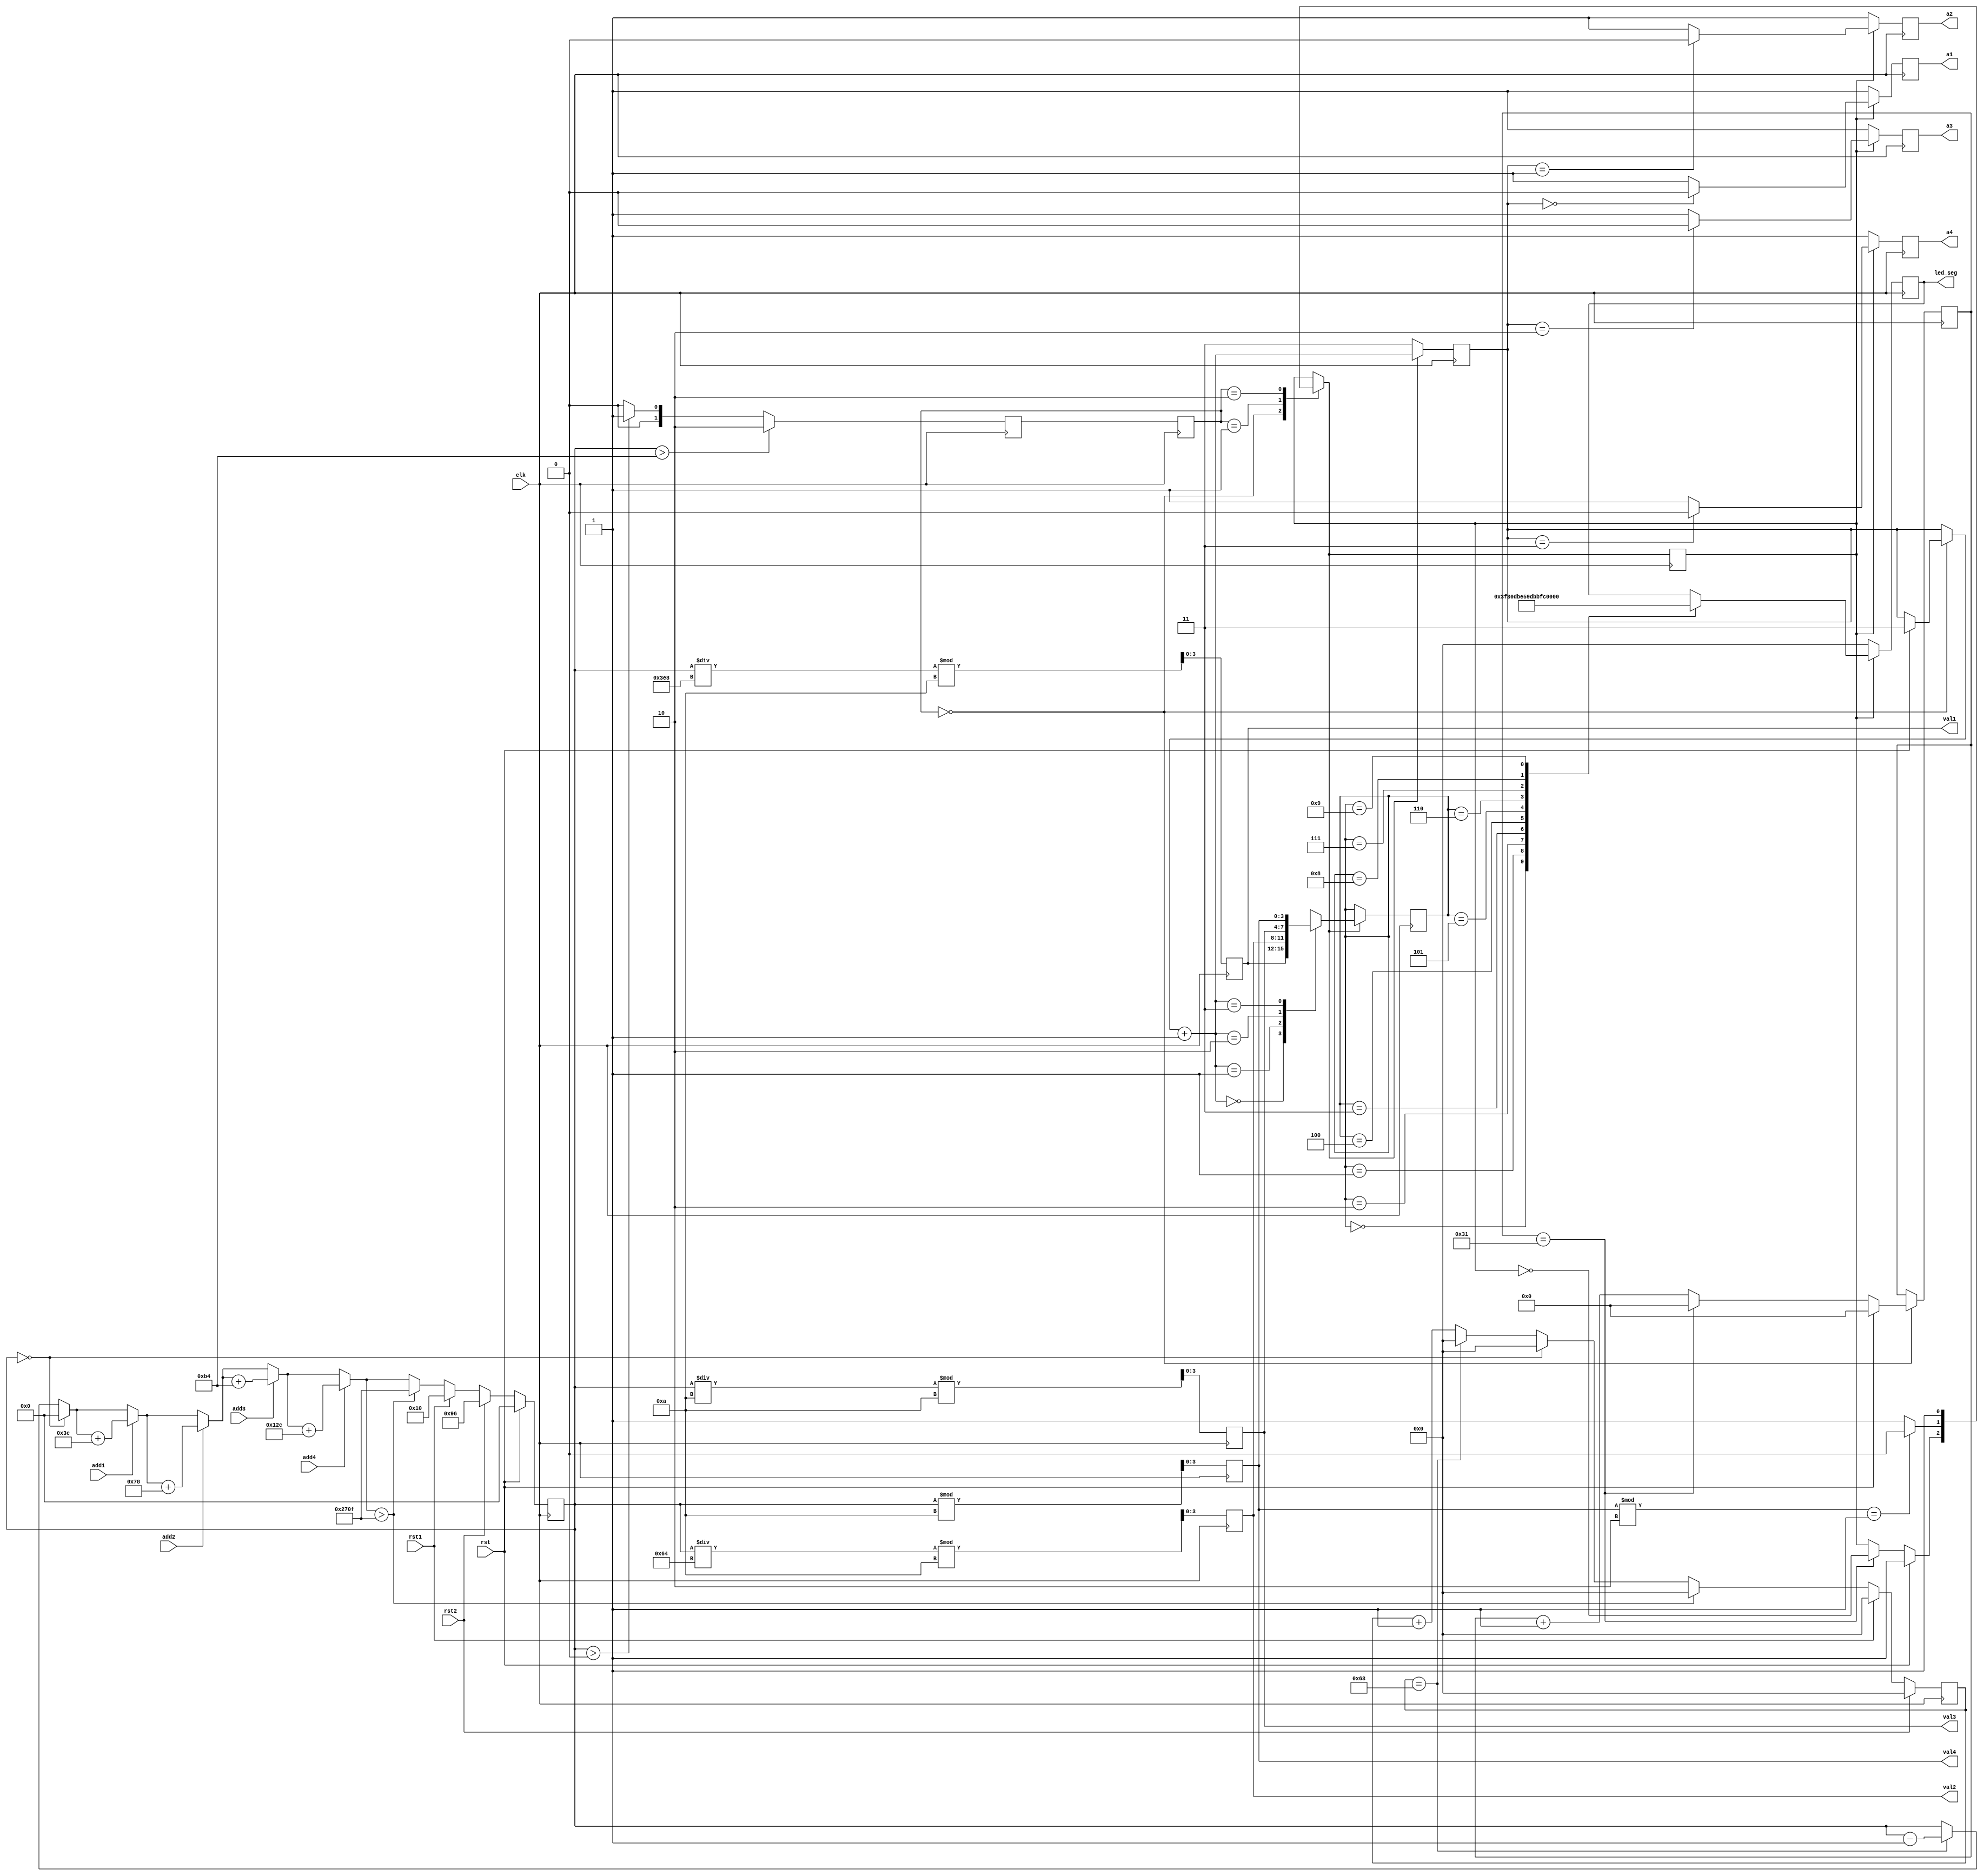
`timescale 1ns / 1ps
//////////////////////////////////////////////////////////////////////////////////
// Company: 
// Engineer: 
// 
// Design Name: 
// Module Name:    parking_meter 
// Project Name: 
// Target Devices: 
// Tool versions: 
// Description: 
//
// Dependencies: 
//
// Revision: 
// Revision 0.01 - File Created
// Additional Comments: 
//
//////////////////////////////////////////////////////////////////////////////////
module parking_meter(
		input add1,
		input add2,
		input add3,
		input add4,
		input rst1,
		input rst2,
		input clk,
		input rst,
		output [6:0] led_seg,
		output a1,
		output a2,
		output a3,
		output a4,
		output [3:0] val1,
		output [3:0] val2,
		output [3:0] val3,
		output [3:0] val4
	);

	// part 1: process time
	reg [13:0] timer;
	reg [6:0] duty_counter;
	
	always @ (posedge clk)
	begin
		// countdown clock
		if (timer == 0) begin
			timer = 0;
			duty_counter = 0;
		end
		else if (duty_counter == 7'b1100011) // 99 cycles
		begin
			timer = timer - 1'b1;
			duty_counter = 0;
		end
		else begin
			timer = timer;
			duty_counter = duty_counter + 1'b1;
		end
	
		// add timer
		if (add1)
			timer = timer + 6'b111100; // 60
		if (add2)
			timer = timer + 7'b1111000; // 120
		if (add3)
			timer = timer + 8'b10110100; // 180
		if (add4)
			timer = timer + 9'b100101100; // 300
			
		// if beyond 9999
		if (timer > 14'b10011100001111) // 9999
		begin
			timer = 14'b10011100001111; // 9999
			duty_counter = 0;
		end
	
		// reset timer
		if (rst1) begin
			timer = 5'b10000; // 16
			duty_counter = 0;
		end
		if (rst2) begin
			timer = 8'b10010110; // 150
			duty_counter = 0;
		end
	
		// resetting clock
		if (rst)
			timer = 0;
	
	end

	// part 2: set current state
	// initialize states
	parameter INITIAL = 1'b0;
	parameter SHORT = 1'b1;
	parameter ON = 2'b10;
	
	reg [1:0] state;
	reg [1:0] next_state;
	
	always @ (posedge clk) begin
		if (timer > 8'b10110100) // 180
		begin
			next_state = ON;
		end
		else if (timer > 0)
			next_state = SHORT;
		else
			next_state = INITIAL;
	end
	
	always @ (posedge clk) begin
		state = next_state;
	end

	// part 3: handle BCD conversion
	// initialize registers
	reg [3:0] digit1;
	reg [3:0] digit2;
	reg [3:0] digit3;
	reg [3:0] digit4;
	
	always @ (posedge clk) begin
		digit1 = (timer / 10'b1111101000) % 4'b1010; // 1000, 10
		digit2 = (timer / 7'b1100100) % 4'b1010; // 100, 10
		digit3 = (timer / 4'b1010) % 4'b1010; // 10, 10
		digit4 = timer % 4'b1010; // 10
	end
	
	assign val1 = digit1;
	assign val2 = digit2;
	assign val3 = digit3;
	assign val4 = digit4;

	// part 4: handle seven-seg display
	// initialize flash variables
	reg [5:0] flash_counter;
	reg flash;
	reg [1:0] anode_select;
	reg [3:0] digit;
	
	// initialize output registers
	reg [6:0] display;
	reg anode1;
	reg anode2;
	reg anode3;
	reg anode4;
	
	// set flash parameters
	always @ (posedge clk) begin
		case (state)
		INITIAL: begin
			if (rst) begin
				flash_counter = 0;
				flash = 1;
				anode_select = 2'b11;
			end
			else if (flash_counter == 6'b110001) begin
				flash_counter = 0;
				flash = ~flash;
			end
			else begin
				flash_counter = flash_counter + 1'b1;
			end
		end
		SHORT: begin
			if (digit4 % 2 == 1)
				flash = 0;
			else
				flash = 1;
		end
		ON:
			flash = 1;
		endcase
		
		if (flash == 0)
			anode_select = 2'b11;
			
		else begin
			anode_select = anode_select + 1'b1;
			case (anode_select)
			0: digit = digit1;
			1: digit = digit2;
			2: digit = digit3;
			3: digit = digit4;
			endcase
		end
		
	end
	
	// display
	always @ (posedge clk) begin
		anode1 <= 1;
		anode2 <= 1;
		anode3 <= 1;
		anode4 <= 1;
		
		if (flash == 0) begin
			display <= 0;
		end
		
		else begin
			case(anode_select)
			0: anode1 <= 0;
			1: anode2 <= 0;
			2: anode3 <= 0;
			3: anode4 <= 0;
			endcase
			
			case (digit)
			0: display <= 7'b1111110;
			1: display <= 7'b0110000;
			2: display <= 7'b1101101;
			3: display <= 7'b1111001;
			4: display <= 7'b0110011;
			5: display <= 7'b1011011;
			6: display <= 7'b1011111;
			7: display <= 7'b1110000;
			8: display <= 7'b1111111;
			9: display <= 7'b1111011;
			endcase
		end
	end

	assign led_seg = display;
	assign a1 = anode1;
	assign a2 = anode2;
	assign a3 = anode3;
	assign a4 = anode4;
	
endmodule